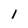
Character: l